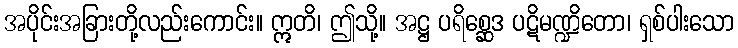
အပိုင်းအခြားတို့လည်းကောင်း။ ဣတိ၊ ဤသို့။ အဋ္ဌ ပရိစ္ဆေဒ ပဋိမဏ္ဍိတော၊ ရှစ်ပါးသော